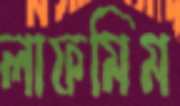
লাফমিম